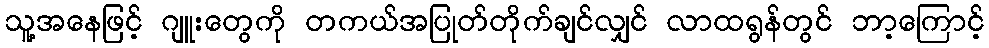
သူ့အနေဖြင့် ဂျူးတွေကို တကယ်အပြုတ်တိုက်ချင်လျှင် လာထရွန်တွင် ဘာ့ကြောင့်